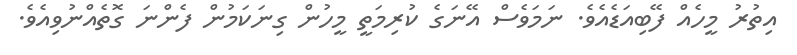
އިތުރު މީހެއް ފޭބިއަޑެއެވެ. ނަމަވެސް އޭނަގެ ކުރިމަތީ މީހުން ގިނަކަމުން ފެންނަ ގޮތެއްނުވިއެވެ.